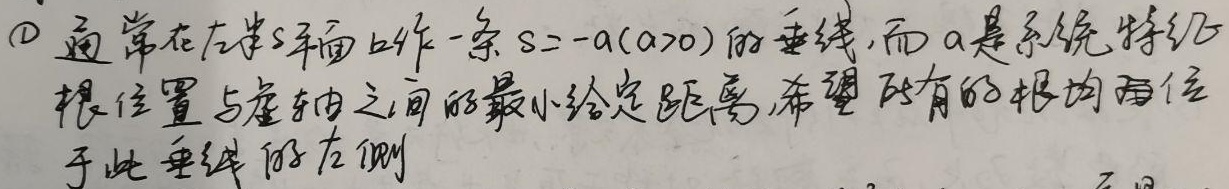
\textcircled{1}通常在左半\(s\)平面作一条\(s = -a\)（\(a>0\)）的垂线，而\(a\)是系统特征根位置与虚轴之间的最小给定距离，希望所有的根均位于此垂线的左侧